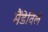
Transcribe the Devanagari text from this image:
मैंडेविले